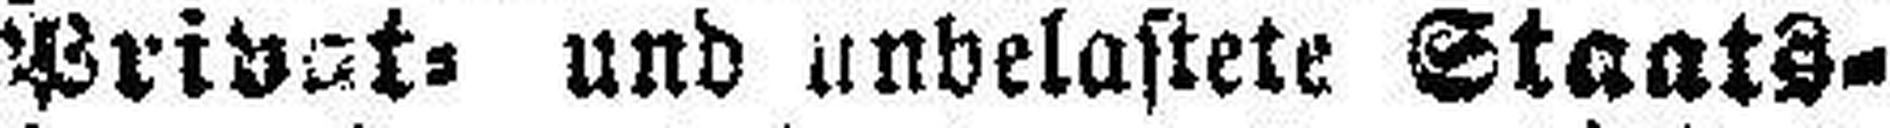
Privat- und unbelastete Staats¬